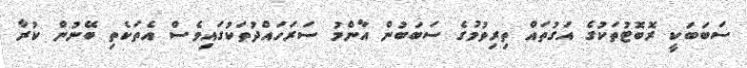
ސަބަބަކީ ރޮބޮޓުތަކުގެ އަގުތައް ތިރިވުމުގެ ސަބަބުން އާންމު ސަރަހައްދުތަކުގައިވެސް އެތަކެތި ބޭނުން ކުރާ